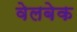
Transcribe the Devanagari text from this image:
वेलबेक